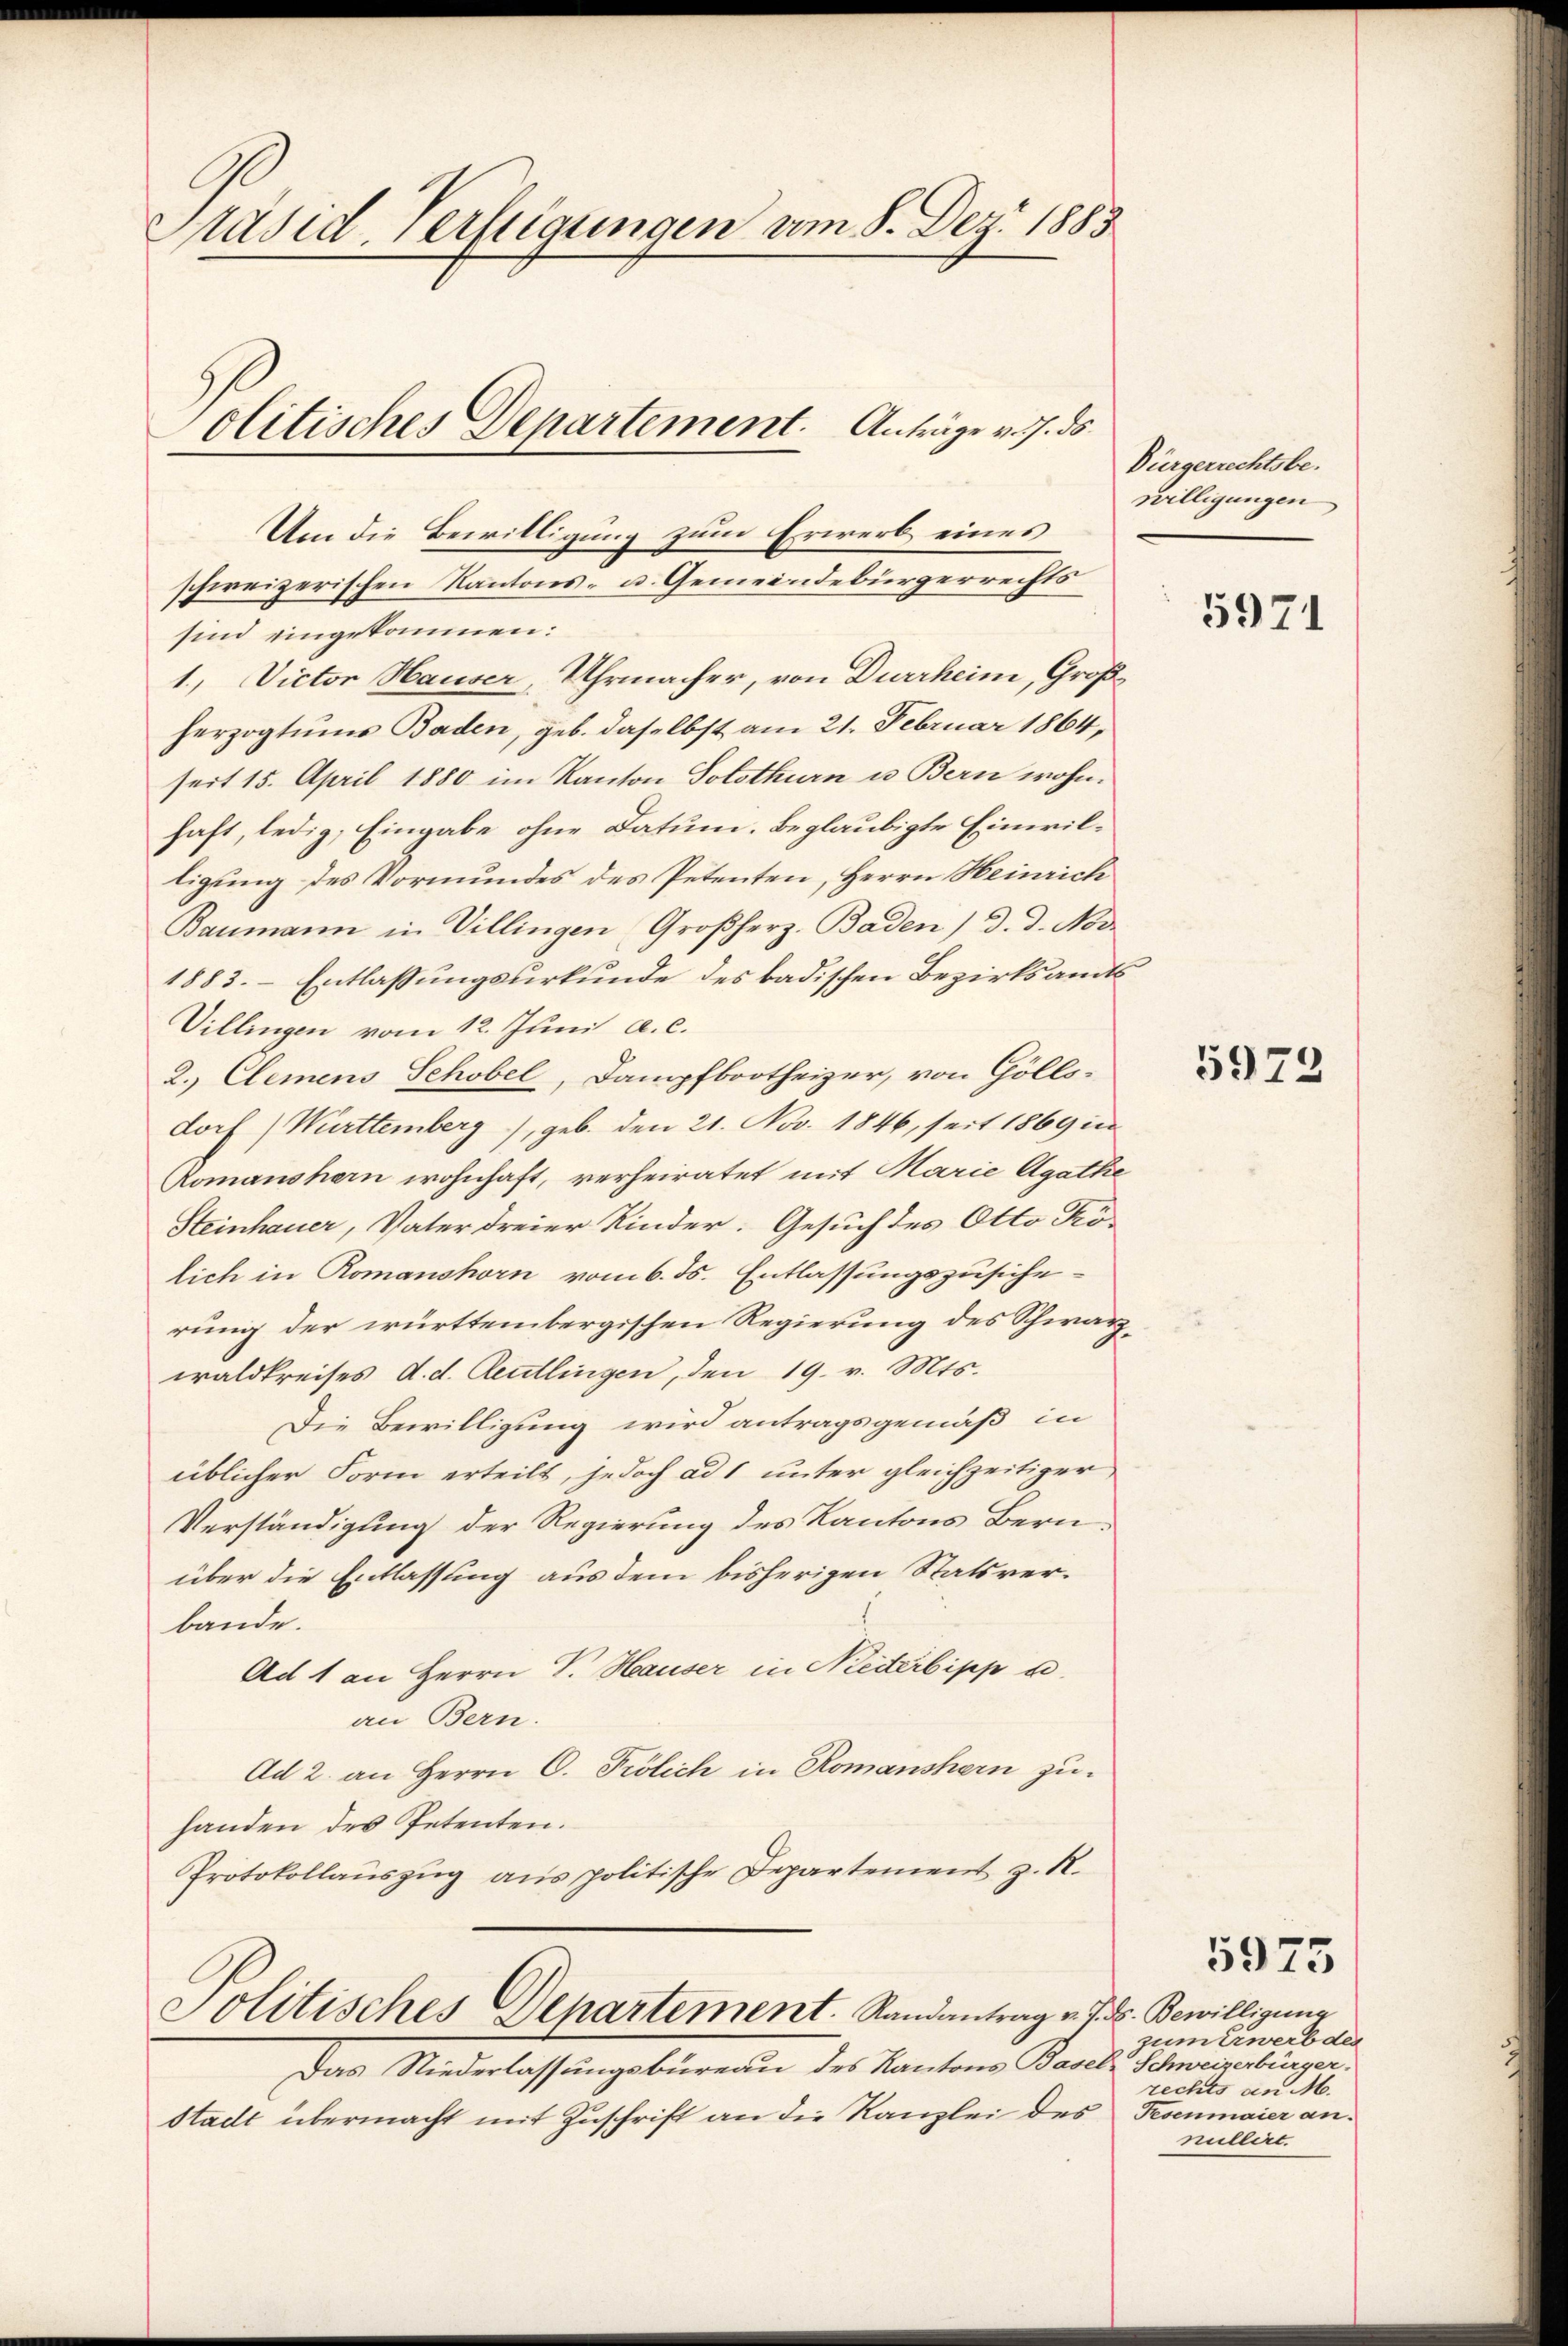
Päsid. Verftigungen am 8. Dez. 1883
olitisches Departement. Anträge v. 7. ds.

Um die Bewilligung zum Erwerb eines
sind eingekommen:
1., Victor Hauser, Uhrmacher, von Durrheim, Großherzogtums Baden, geb. daselbst am 21. Februar 1864,
seit 15. April 1880 im Kanton Solothurn u. Bern wohnhaft, ledig, Eingabe ohne Datum. Beglaubigte Einwilligung des Vormundes des Petenten, Herrn Heinrich
Baumann in Villingen Großherz. Baden) d. d. Nov.
1883. Entlassungsurkunde des badischen Bezirksamts
Villingen vom 12. Juni a. c.
2.) Clemens Schobel, Dampfbootheizer, von Gölls-
dorf (Württemberg), geb. den 21. Nov. 1846, seit 1869 in
Romanshorn wohnhaft, verheiratet mit Marie Agathe
Steinhauer, Vater dreier Kinder. Gesuch des Otto Kölich in Romanshorn vom 6. ds. Entlassungszusicherung der württembergischen Regierung des Schwarzwaldkreises d. d. Reutlingen, den 19. v. Mts.
Die Bewilligung wird antragsgemäß in
üblicher Form erteilt, jedoch ad 1 unter gleichzeitiger,
Verständigung der Regierung des Kantons Bern.
über die Entlassung aus dem bisherigen Statsverbande.
Ad 1 an Herrn V. Hauser in Reiterbipp u.
an Bern.
Ad 2. an Herrn C. Polich in Romanshern zuhanden des Petenten.
Protokollaŭszŭg ans politische Departement z. R.

schweizerischen Kantons- u. Gemeindebürgerrechts

Politisches Departement. Randantrag v. J. ds. Bewilligung

Bürgerrechtsbewilligungen

Das Niederlassungsbüreau des Kantons Basel-Schweizerbürger-
Stadt übermacht mit Zuschrift an die Kanzlei des Fesenmaier an¬

5971

5972

5975

zum Erwerb der
rechts an M.
nillirt.